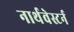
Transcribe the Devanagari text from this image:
नार्थवेस्टर्न